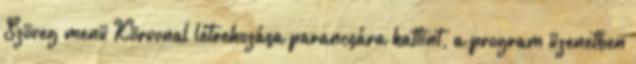
Szöveg menü Körvonal létrehozása parancsára kattint, a program üzenetben